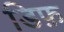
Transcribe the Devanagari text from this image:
डिफ़